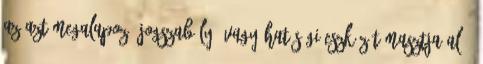
az azt megalapozó jogszabály, vagy hatósági eszköz támasztja alá,